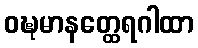
ဝဍ္ဎမာနတ္ထေရဂါထာ